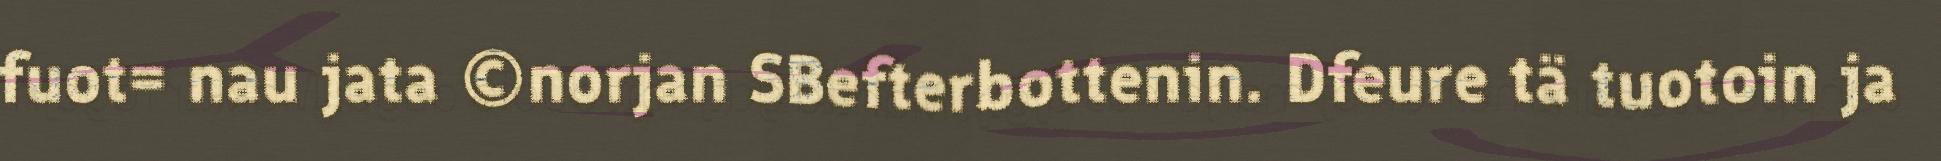
fuot= nau jata ©norjan SBefterbottenin. Dfeure tä tuotoin ja